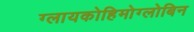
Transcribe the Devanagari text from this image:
ग्लायकोहिमोग्लोबिन